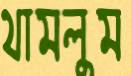
থামলুম